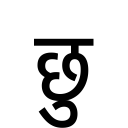
OCR:
छु